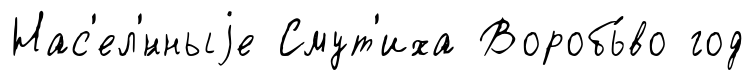
Нас'ел'́нныjе Смут'иха Воробь́во год